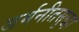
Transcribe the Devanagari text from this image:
जर्मनीतसुद्धा